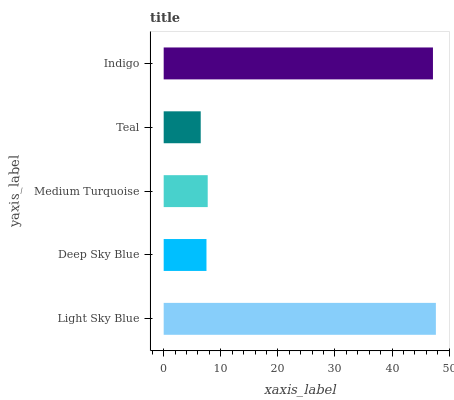
| yaxis_label | bars |
 | --- | --- |
 | Light Sky Blue | 47.7 |
 | Deep Sky Blue | 7.49 |
 | Medium Turquoise | 7.71 |
 | Teal | 6.49 |
 | Indigo | 47.2 |